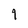
Character: 9